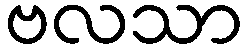
ဗလသာ